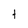
Character: t